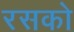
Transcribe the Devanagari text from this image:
रसको